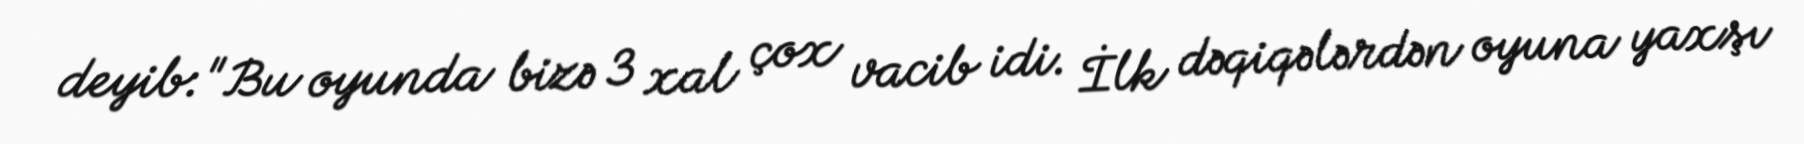
deyib:"Bu oyunda bizə 3 xal çox vacib idi. İlk dəqiqələrdən oyuna yaxşı